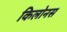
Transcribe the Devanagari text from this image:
किलोनस